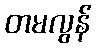
တမလွန်